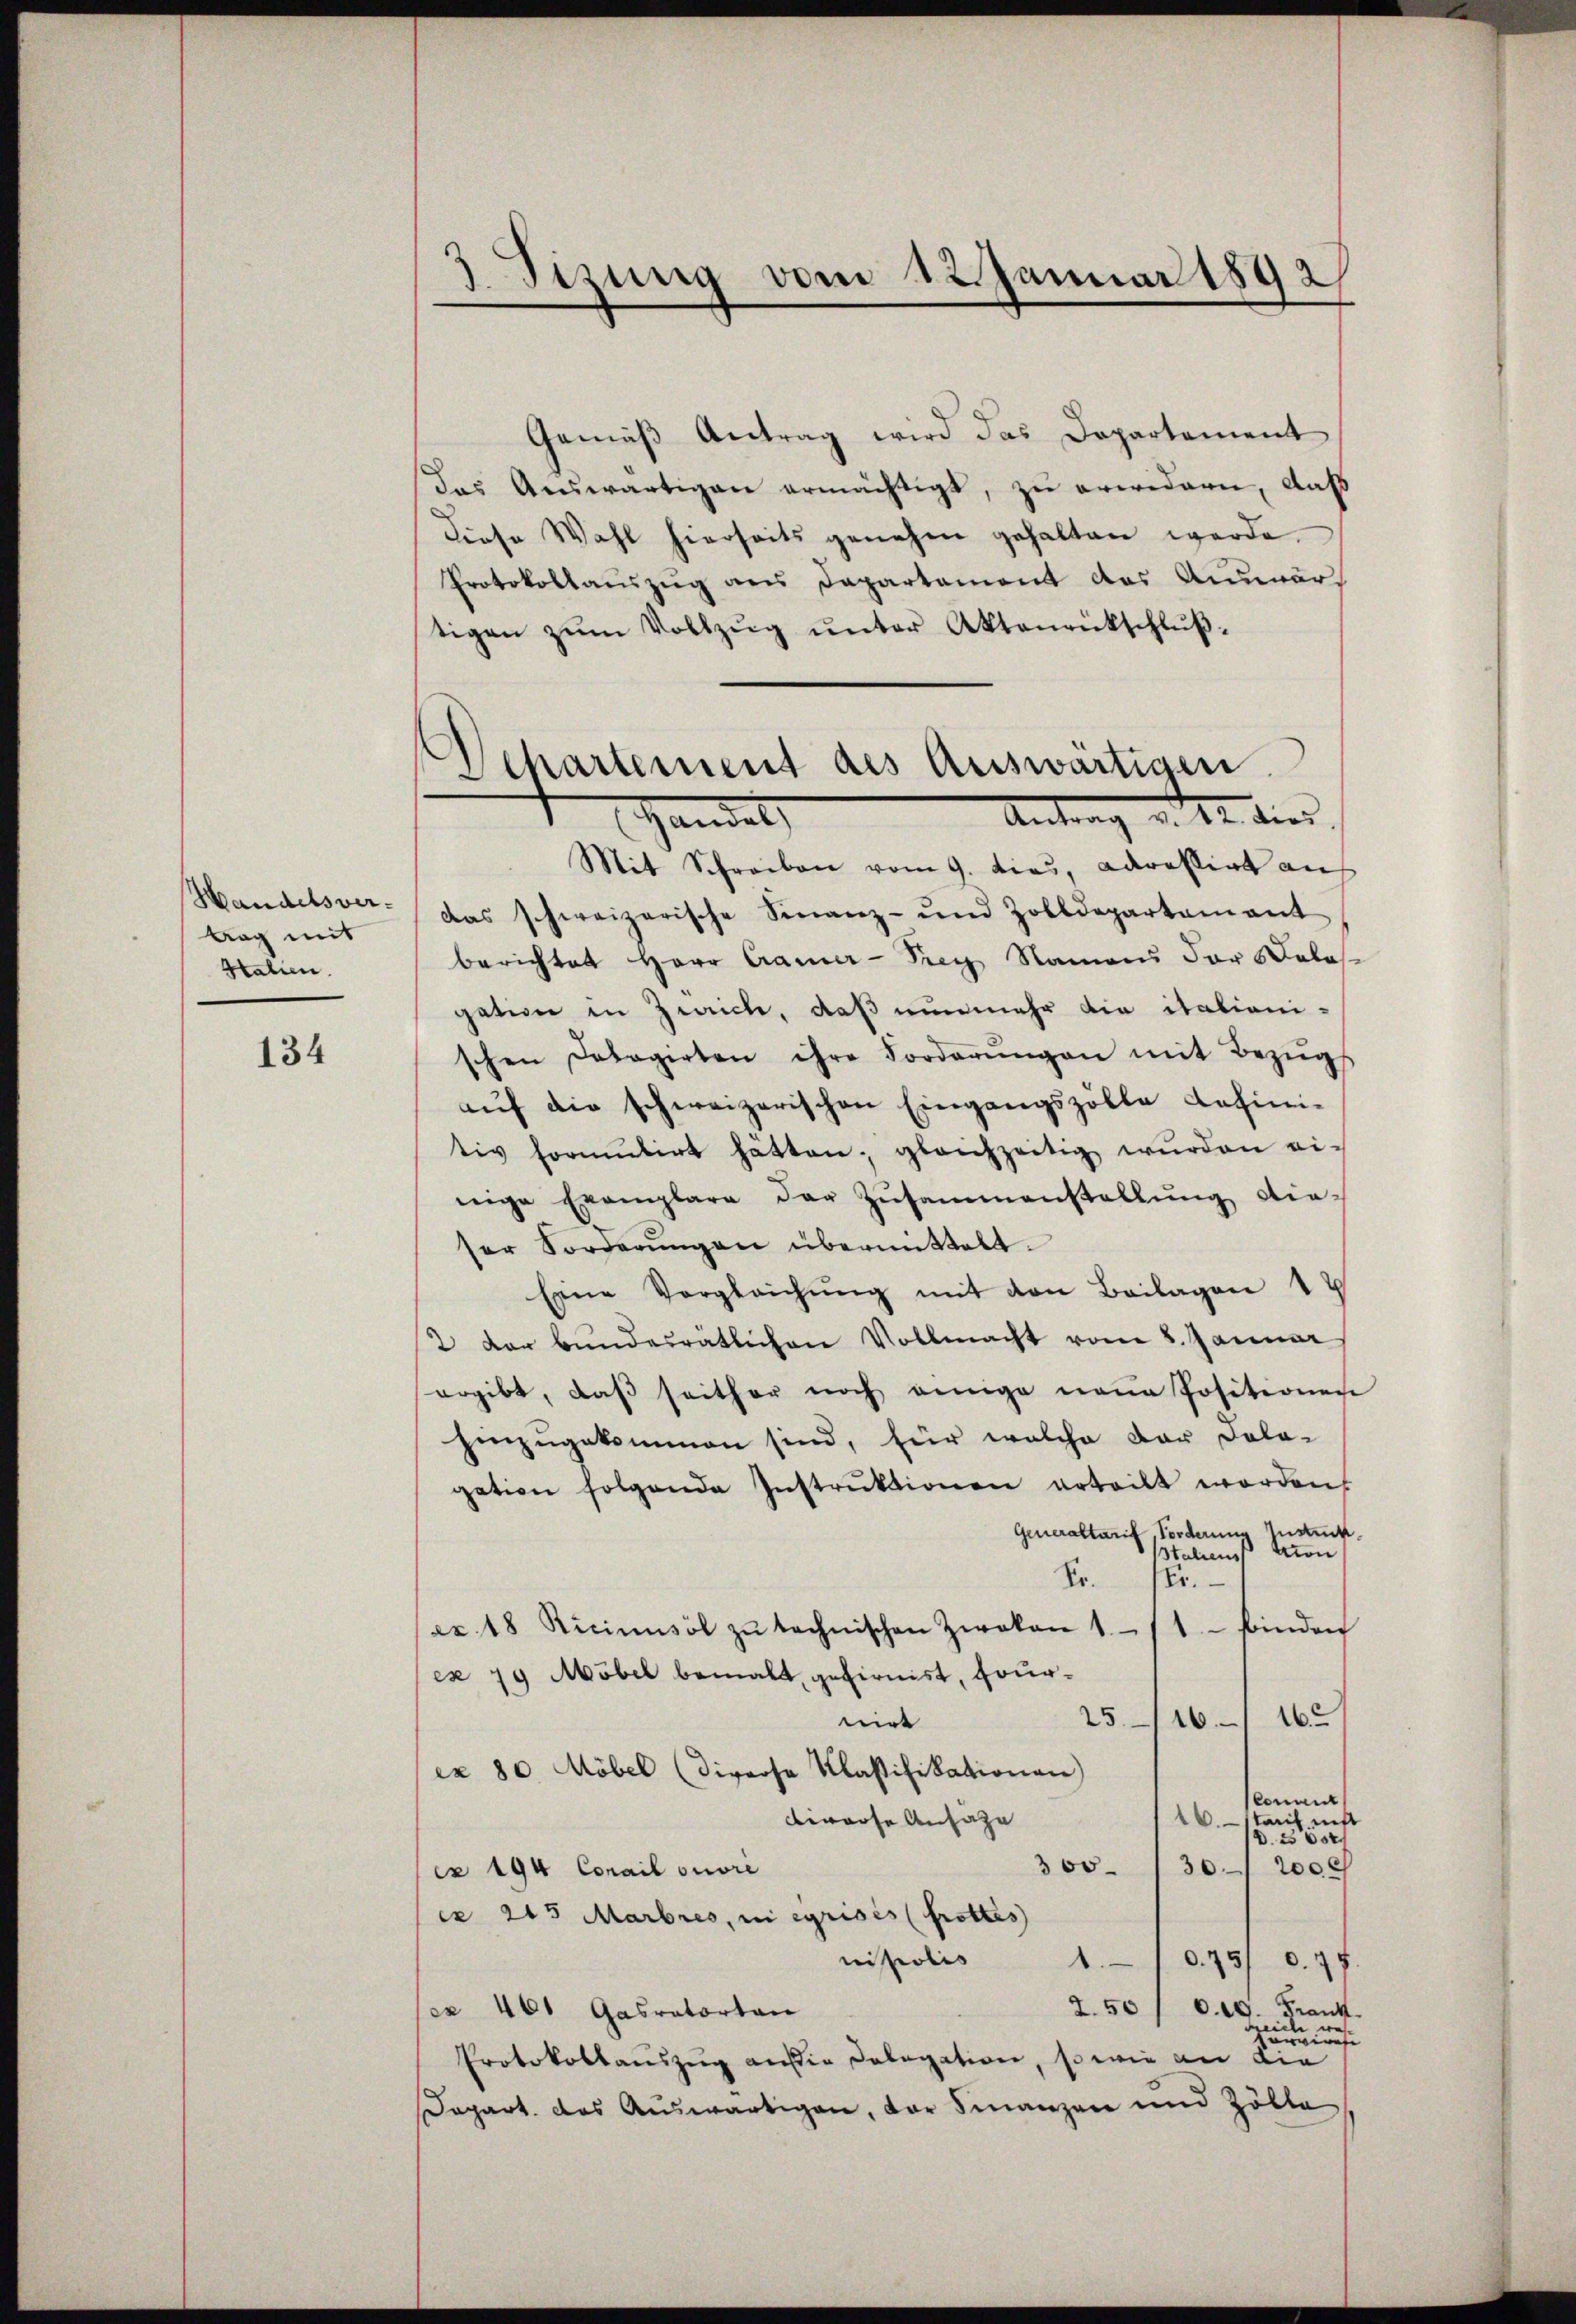
Handelsver-
tag mit
Htalien.

134

3. Tizung vom 12. Januar 1892

Gemäβ Antrag wird das Departement
das Auswärtigen ermächtigt, zu erwidern, daß
diese Wahl hierseits genehm gehalten werde.
Protokollauszug aus Departement des Auswärtigen zŭm Vollzŭg ŭnter Aktenrückschlŭβ-
Mit Schreiben vom 9. dies, adrestirt an
das schweizerische Finanz- und Zolldepartament
berichtet Herr Camer-Prer Namen der Salos
gation in Zwicke, daß nunmehr die italiani-
schen Delegirten ihre Forderŭngen mit Bezŭgs
aŭf die schweizerischen Eingangszölle defini-
tiv formŭtirt hätten, gleichzeitig wurden ei
nnige Exemplare der Zŭsammenstellŭng die-
ser Forderŭngen übermittelt.
Eine Vergleichŭng mit von Beilagen 12
2 der bundesratlichen Vollmacht vom 8. Januar
ergibt, daβ seither noch einige neue Positionen
hinzugekommen sind, für welche der Dola-
gation folgende Instrŭktionen erteilt worden,
Generaltarif, Forderung Instruck.
tion
taliens
Kr.
Er.
finden
ez. 18 Ricimusöl zŭ technischen Zwokan 1/1
ex 79 Möbel bemalt, gefirnist, Four¬
16
25/16.
nirt
ex 80 Möbel (diverse Klassifikationen)
Conant
.
triit nitt
biwasse Ansage
.265
300
36. 2000
ex 194 Coail ouvre
cr 215 Marbres, in eyrises Grottes
nisionis
1.
.75/ d. 9 f.
2.50
0. 19. Frank
ex 461 Gasratortan
Feiche was
ferwiese
Protokollauszug auf die Delegation, so wie an die
Depart. Das Auswärtigen, der Finanzen und Zölle

Departement des Auswärtigen
Antrag d. 22. dies
Handel